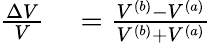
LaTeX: \begin{array}{rl}{\frac{\Delta V}{V}}&{{}=\frac{V^{(b)}-V^{(a)}}{V^{(b)}+V^{(a)}}}\end{array}